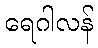
ရေဂါလန်